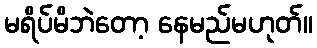
မရိပ်မိဘဲတော့ နေမည်မဟုတ်။